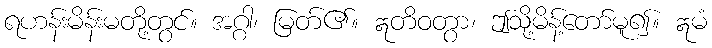
ရဟန်းမိန်းမတို့တွင်။ အဂ္ဂါ၊ မြတ်၏။ ဣတိဝတွာ၊ ဤသို့မိန့်တော်မူ၍။ ဣမံ